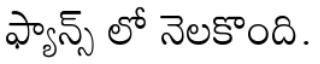
ఫ్యాన్స్ లో నెలకొంది.